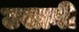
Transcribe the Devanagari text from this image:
उसागी